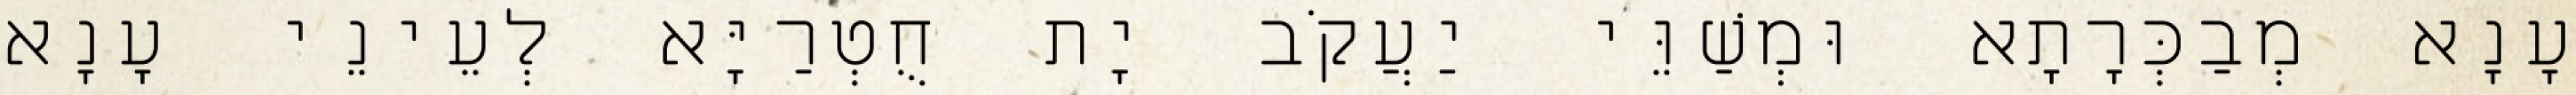
עָנָא מְבַכְּרָתָא וּמְשַׁוֵּי יַעֲקֹב יָת חֻטְרַיָּא לְעֵינֵי עָנָא